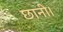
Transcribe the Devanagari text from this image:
छानी।